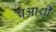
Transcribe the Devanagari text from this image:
प्रश्नार्थी